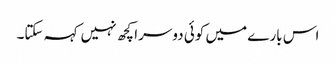
اس بارے میں کوئی دوسرا کچھ نہیں کہہ سکتا۔